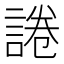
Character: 𰴽